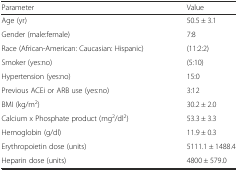
<table><thead><tr><td><b>Parameter</b></td><td><b>Value</b></td></tr></thead><tbody><tr><td>Age (yr)</td><td>50.5 ± 3.1</td></tr><tr><td>Gender (male:female)</td><td>7:8</td></tr><tr><td>Race (African-American: Caucasian: Hispanic)</td><td>(11:2:2)</td></tr><tr><td>Smoker (yes:no)</td><td>(5:10)</td></tr><tr><td>Hypertension (yes:no)</td><td>15:0</td></tr><tr><td>Previous ACEi or ARB use (yes:no)</td><td>3:12</td></tr><tr><td>BMI (kg/m<sup>2</sup>)</td><td>30.2 ± 2.0</td></tr><tr><td>Calcium x Phosphate product (mg<sup>2</sup>/dl<sup>2</sup>)</td><td>53.3 ± 3.3</td></tr><tr><td>Hemoglobin (g/dl)</td><td>11.9 ± 0.3</td></tr><tr><td>Erythropoietin dose (units)</td><td>5111.1 ± 1488.4</td></tr><tr><td>Heparin dose (units)</td><td>4800 ± 579.0</td></tr></tbody></table>